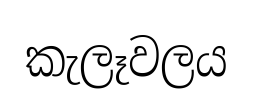
කැලෑවලය